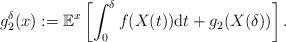
LaTeX: \begin{align*}g_2^{\delta}(x):=\mathbb{E}^x\left[\int_{0}^{\delta}f(X(t))\mathrm{d}t+g_2(X(\delta))\right].\end{align*}